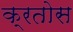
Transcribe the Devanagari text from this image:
क्रतोस